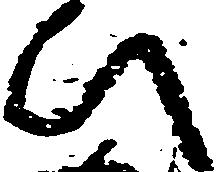
ひ